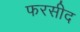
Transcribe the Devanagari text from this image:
फरसीद